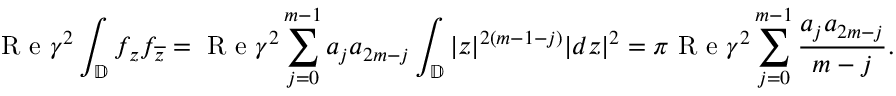
\textrm { R e } \gamma ^ { 2 } \int _ { \mathbb { D } } f _ { z } f _ { \overline { { z } } } = \textrm { R e } \gamma ^ { 2 } \sum _ { j = 0 } ^ { m - 1 } a _ { j } a _ { 2 m - j } \int _ { \mathbb { D } } | z | ^ { 2 ( m - 1 - j ) } | d z | ^ { 2 } = \pi \textrm { R e } \gamma ^ { 2 } \sum _ { j = 0 } ^ { m - 1 } \frac { a _ { j } a _ { 2 m - j } } { m - j } .